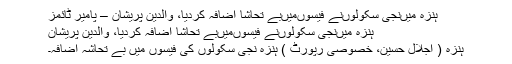
ہنزہ میں‌نجی سکولوں‌نے فیسوں‌میں‌بے تحاشا اضافہ کردیا، والدین پریشان – پامیر ٹائمز
ہنزہ میں‌نجی سکولوں‌نے فیسوں‌میں‌بے تحاشا اضافہ کردیا، والدین پریشان
ہنزہ ( اجلال حسین، خصوصی رپورٹ ) ہنزہ نجی سکولوں کی فیسوں میں بے تحاشہ اضافہ۔